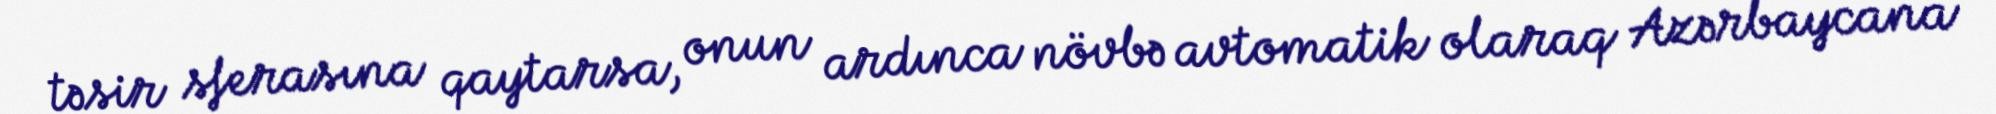
təsir sferasına qaytarsa, onun ardınca növbə avtomatik olaraq Azərbaycana